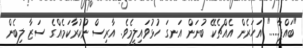
"ބައްޕާ....." އަހަރެން އެއްޗެކޭ ބުނަން އަނގަ ހުޅުވައިލީމެވެ. އާރިސް ނުކުރާކަމެއްގެ ސަޒާ ލިބެން